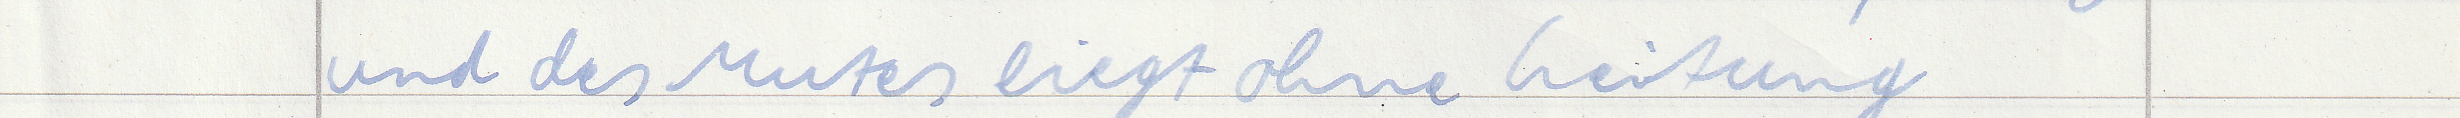
und des Mutes liegt ohne Leitung